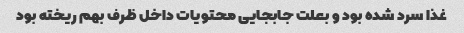
غذا سرد شده بود و بعلت جابجایی محتویات داخل ظرف بهم ریخته بود